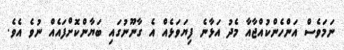
ނަމަވެސް އަންހެންކުއްޖާއާ މެދު އަޅާނެ ފިޔަވަޅެއް އެ ގާނޫނުގައި ބަޔާންކޮށްފައެއް ނުވެ އެވެ.